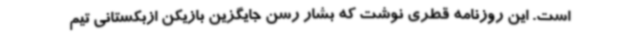
است. این روزنامه قطری نوشت که بشار رسن جایگزین بازیکن ازبکستانی تیم